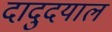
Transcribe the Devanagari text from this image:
दादुदयाल